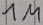
Text: 1M